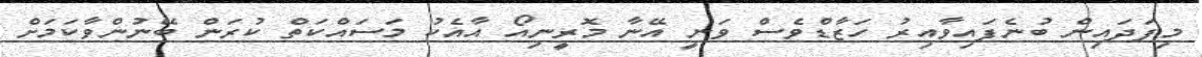
މިފަދައިން ބުނެފައިވާއިރު ހަޒާޑްވެސް ވަނީ އޭނާ މޮރީނިއޯ އާއެކު މަސައްކަތް ކުރަން ބޭނުންވާކަމަށް